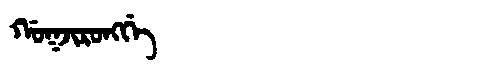
Manchu: ᡤᠣᡴᠵᡳᡵᠣᠩᡤᡝ
Romanization: GOKJIRONGGE